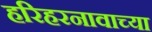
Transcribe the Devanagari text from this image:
हरिहरनावाच्या